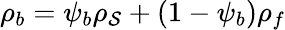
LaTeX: \rho_{b}=\psi_{b}\rho_{\mathcal{S}}+(1-\psi_{b})\rho_{f}